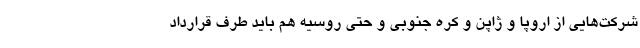
شرکت‌هایی از اروپا و ژاپن و کره جنوبی و حتی روسیه هم باید طرف قرارداد